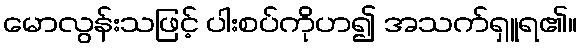
မောလွန်းသဖြင့် ပါးစပ်ကိုဟ၍ အသက်ရှူရ၏။